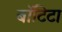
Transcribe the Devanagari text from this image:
बाॅटिटा